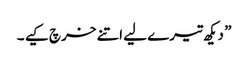
” دیکھ تیرے لیے اتنے خرچ کیے ۔